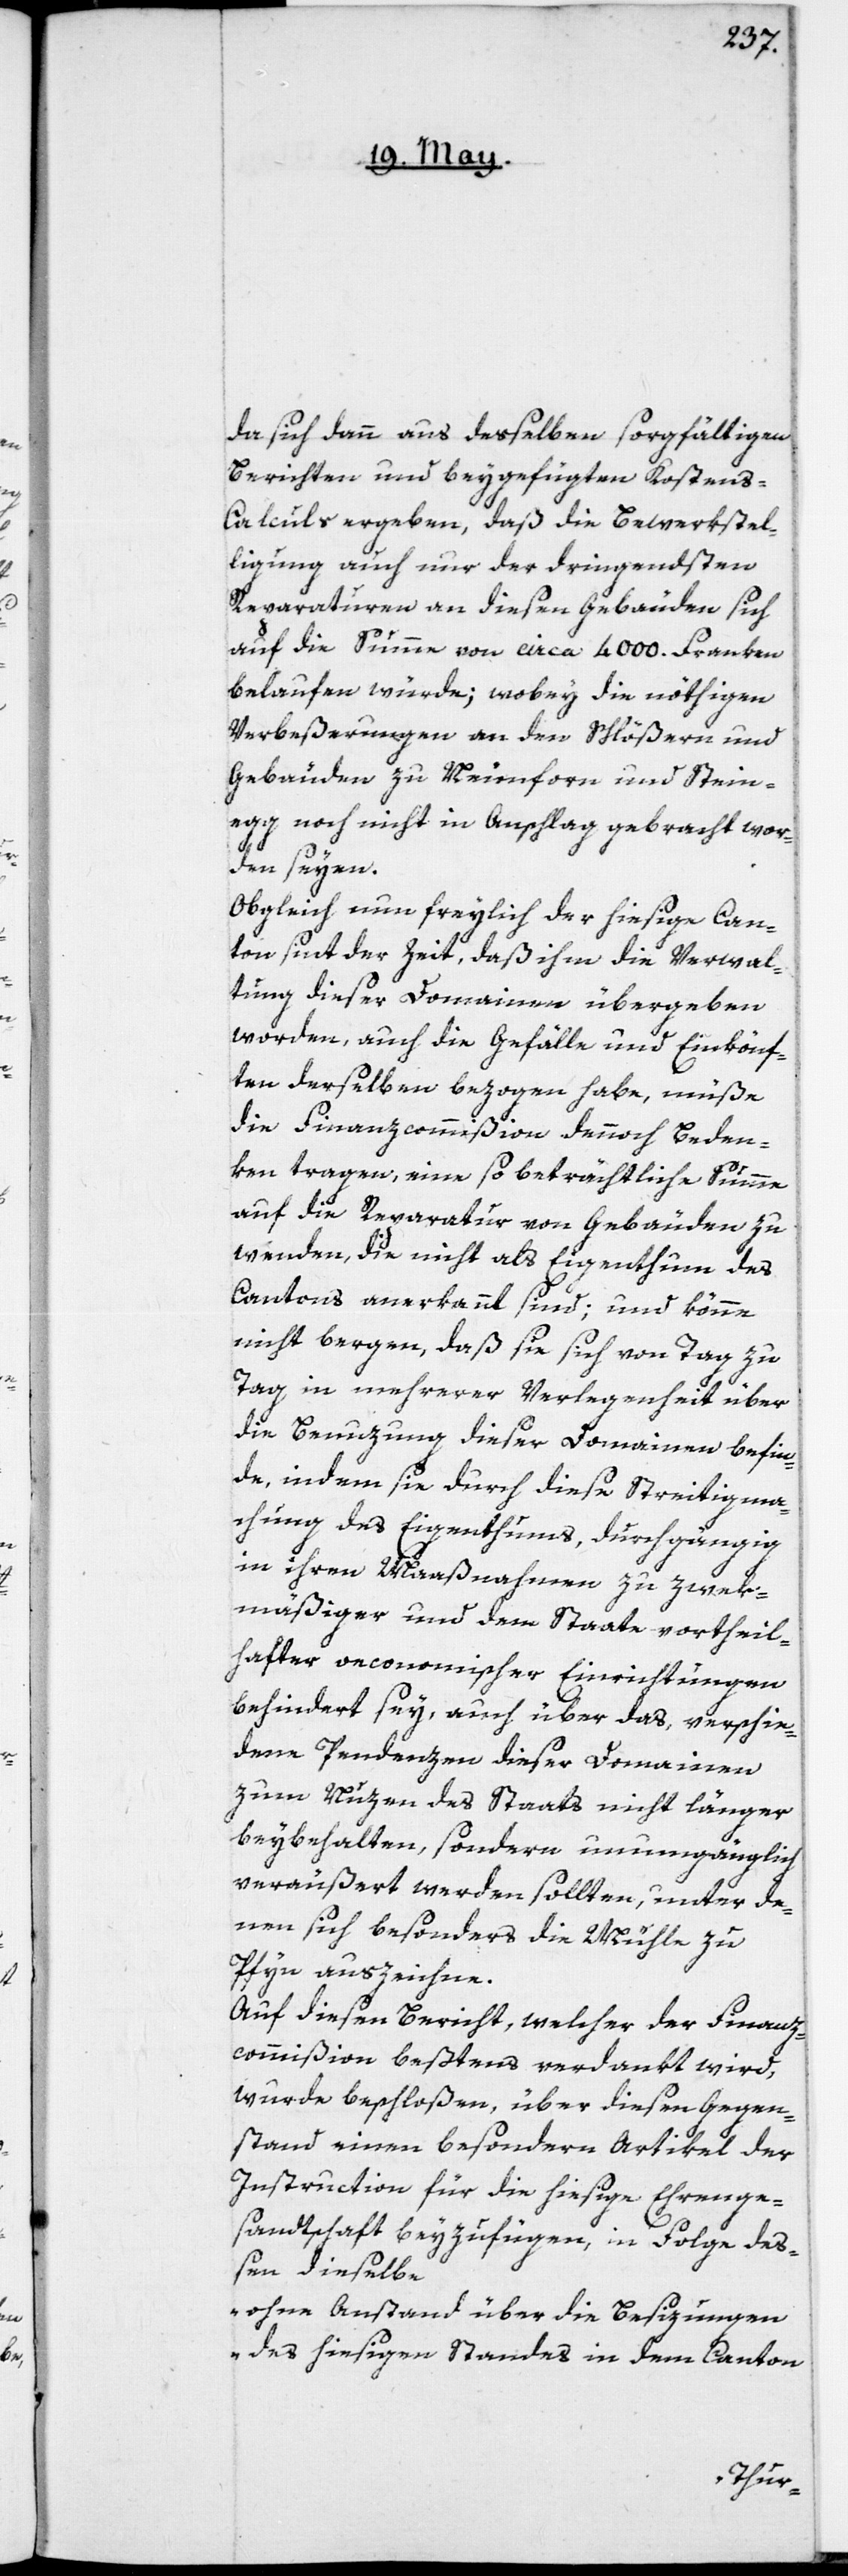
da sich dann aus desselben sorgfältigen
Berichten und beygefügten Kostens-C¬
alculs ergeben, daß die Bewerkstel¬
ligung auch nur der dringendsten
Reparaturen an diesen Gebäuden sich
auf die Summe von circa 4000. Franken
belaufen würde; wobey die nöthigen
Verbeßerungen an den Schlößern und
Gebäuden zu Neunforn und Steine¬
gg noch nicht in Anschlag gebracht wor¬
den seyen.
Obgleich nun freylich der hiesige Can¬
ton seit der Zeit, daß ihm die Verwal¬
tung dieser Domainen übergeben
worden, auch die Gefälle und Einkönf¬
ten derselben bezogen habe, müße
die Finanzcommißion dennoch Beden¬
ken tragen, eine so beträchtliche Summe
auf die Reparatur von Gebäuden zu
wenden, die nicht als Eigenthum des
Cantons anerkannt sind; und könne
nicht bergen, daß sie sich von Tag zu
Tag in mehrerer Verlegenheit über
die Benuzung dieser Domainen befin¬
de, indem sie durch diese Streitigma¬
chung des Eigentums, durchgängig
in ihren Maaßnahmen zu zwek¬
mäßiger und dem Staate vortheil¬
hafter oeconomischer Einrichtungen
behindert sey, auch über das, verschie¬
dene Pendenzen dieser Domainen
zum Nuzen des Staats nicht länger
beybehalten, sondern unumgänglich
veräußert werden sollten, unter de¬
nen sich besonders die Mühle zu
Pfyn auszeichne.
Auf diesen Bericht, welcher der Finanz¬
commißion beßtens verdankt wird,
wurde beschloßen, über diesen Gegen¬
stand einen besondern Artikel der
Instruction für die hiesige Ehrenge¬
sandtschaft beyzufügen, in Folge deß¬
en dieselbe
„ohne Anstand über die Besizungen
des hiesigen Standes in dem Canton